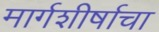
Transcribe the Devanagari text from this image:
मार्गशीर्षाचा